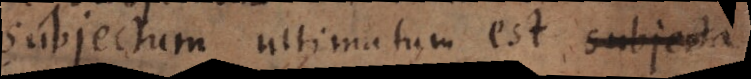
Subjectum ultimatum est subjecta